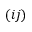
( i j )